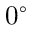
0 ^ { \circ }